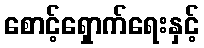
စောင့်ရှောက်ရေးနှင့်